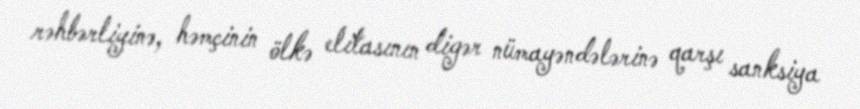
rəhbərliyinə, həmçinin ölkə elitasının digər nümayəndələrinə qarşı sanksiya